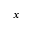
x